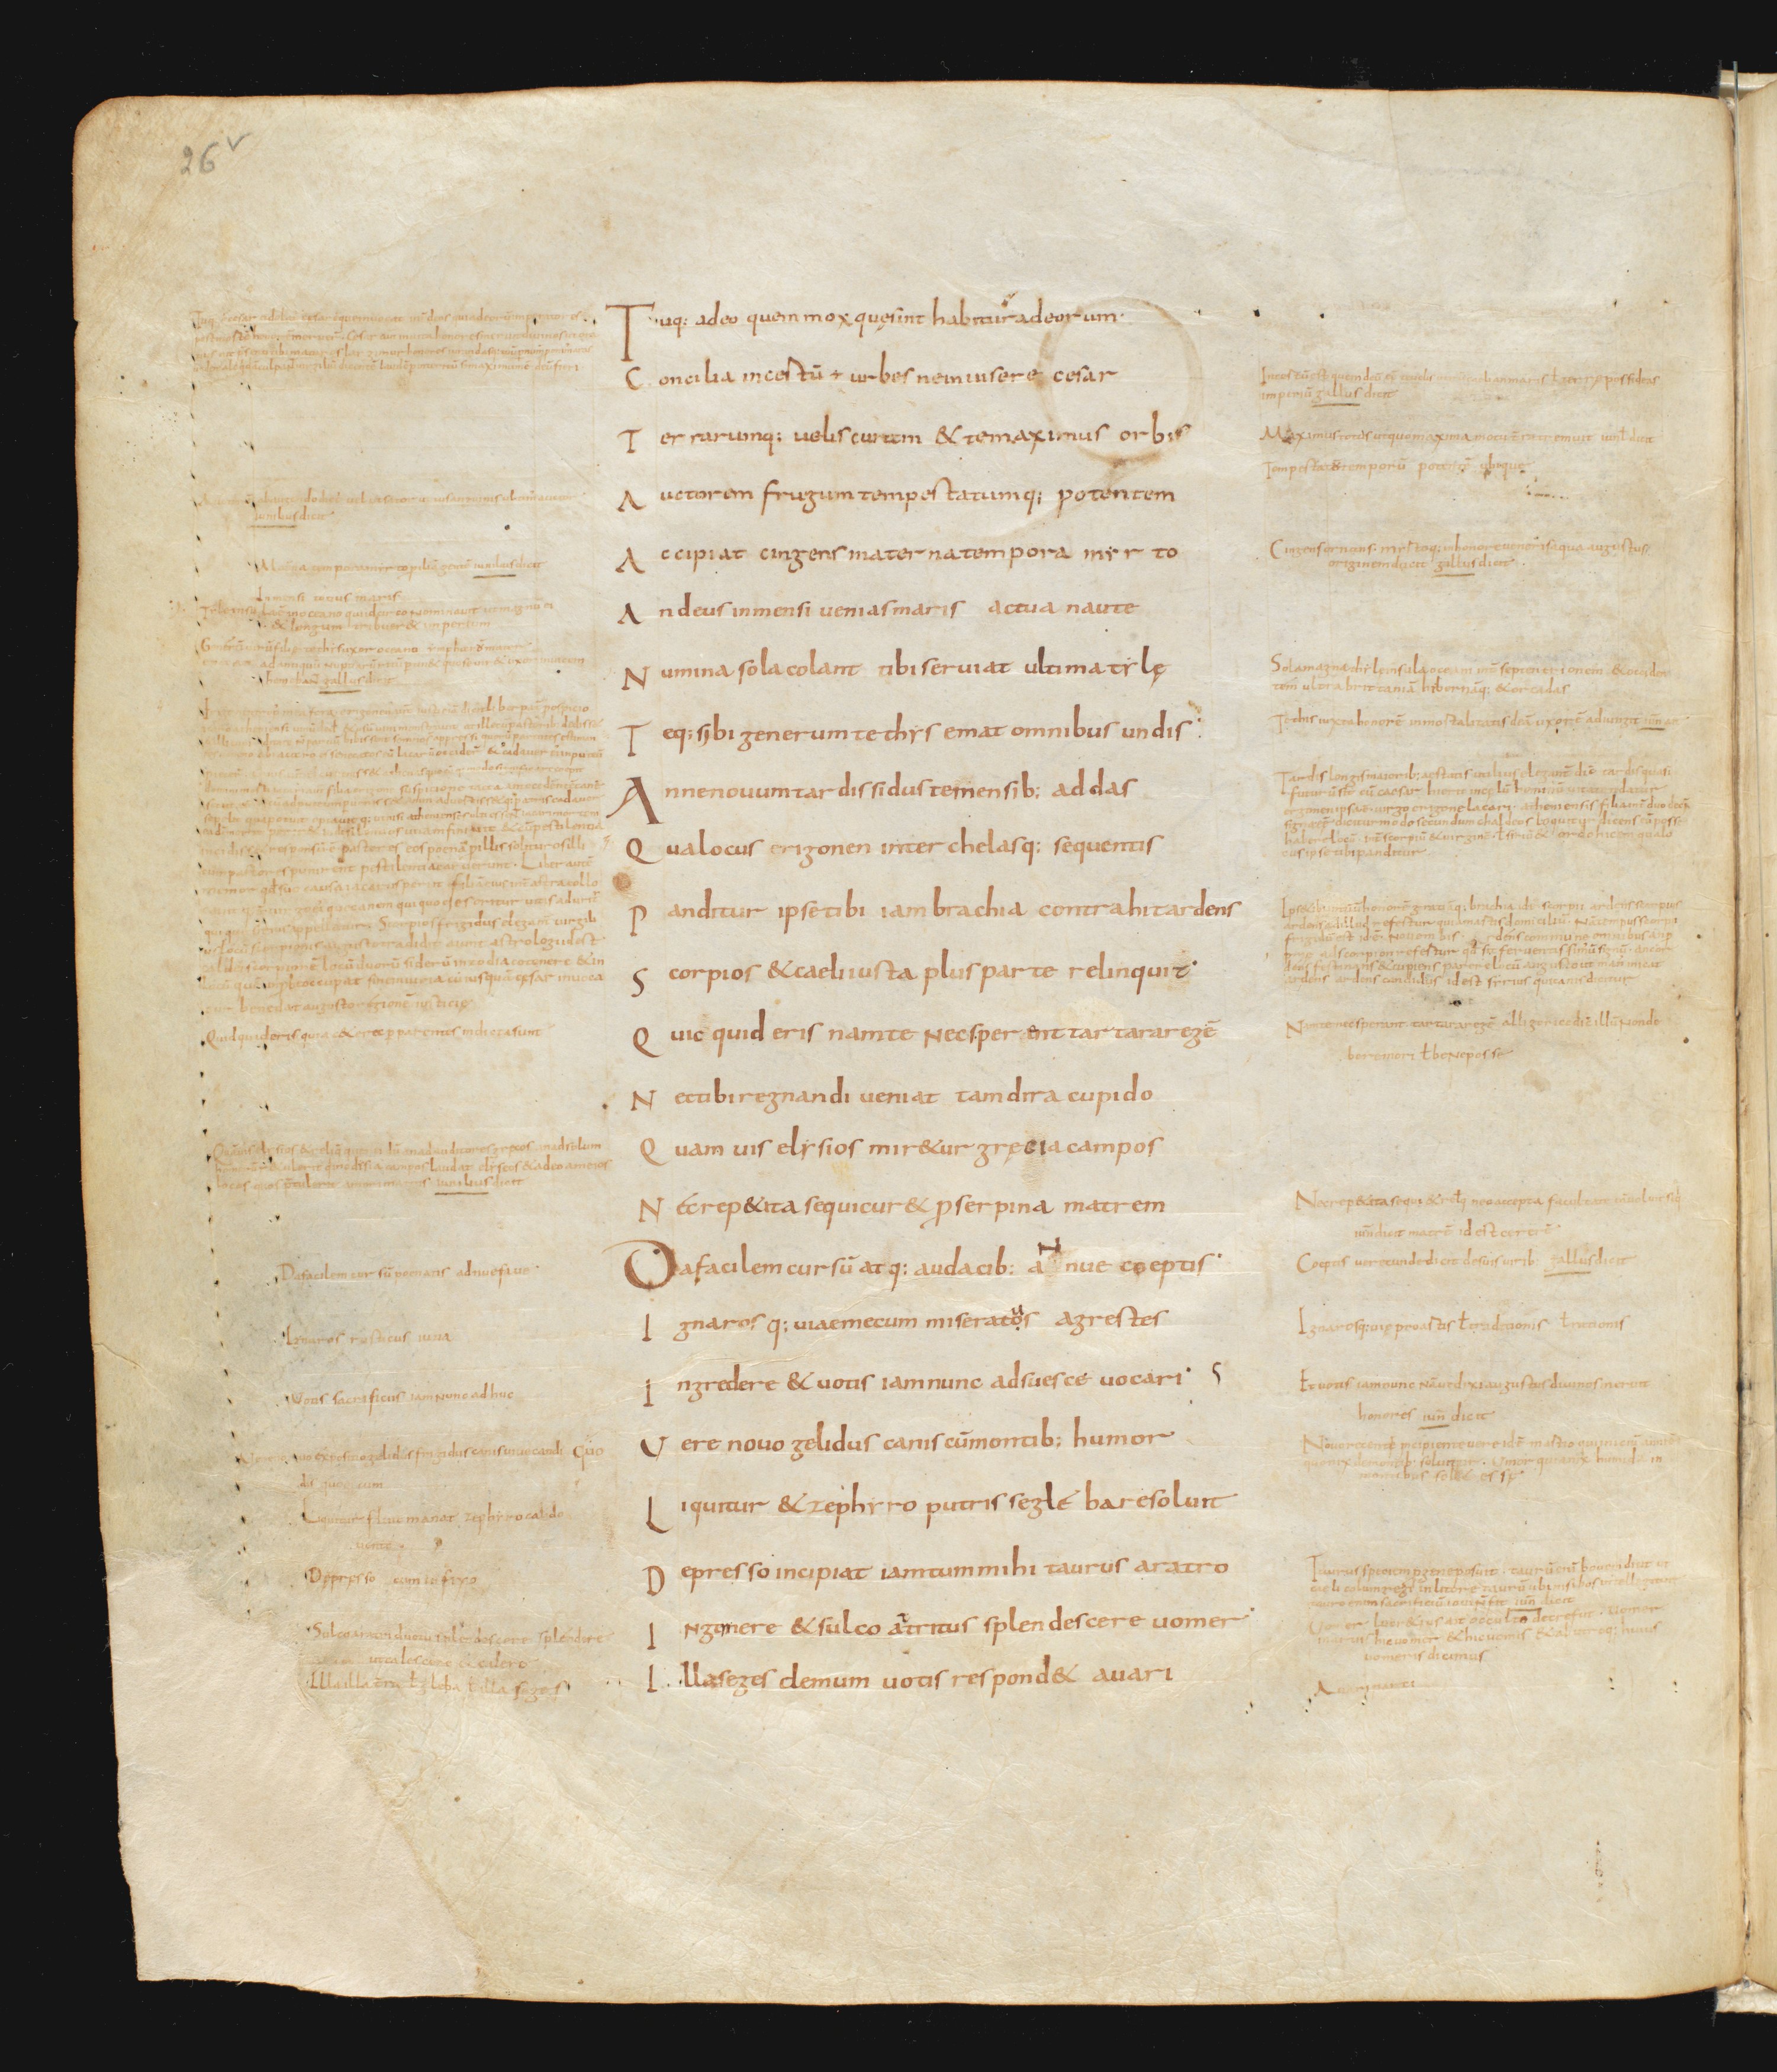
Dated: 800–999